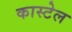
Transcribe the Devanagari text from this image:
कास्टेल